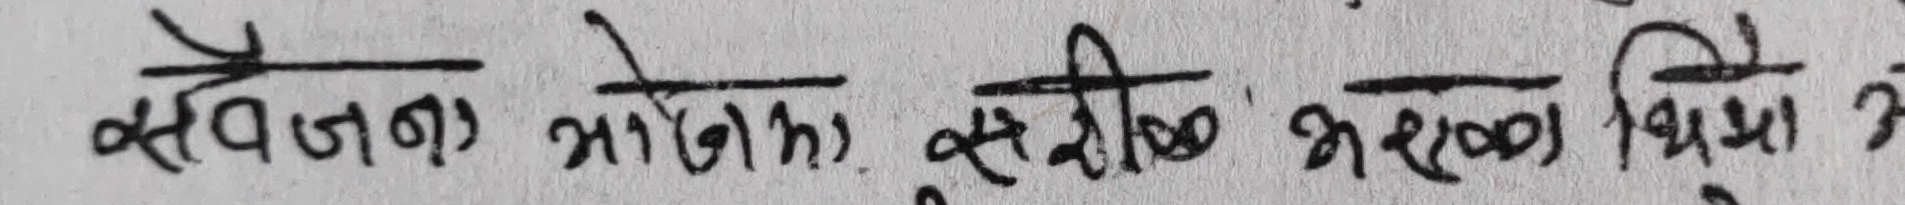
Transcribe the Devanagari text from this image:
सैवजन भोलक, सतीश भरणं थिमिमे